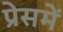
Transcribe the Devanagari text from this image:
प्रेसमें